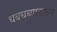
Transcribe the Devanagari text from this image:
धबधब्यावरून